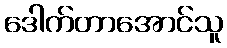
ဒေါက်တာအောင်သူ